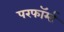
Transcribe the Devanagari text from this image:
परफॉर्म्ड